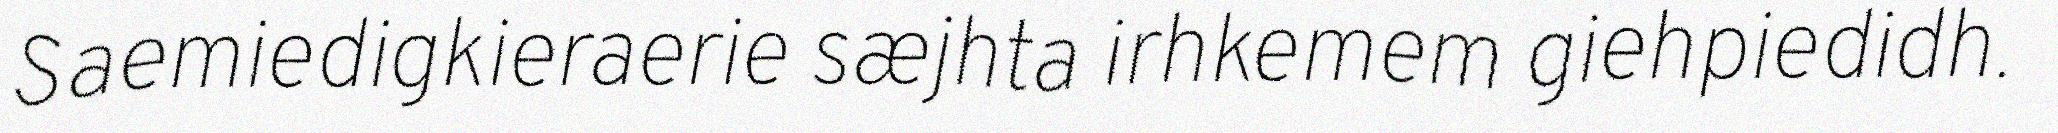
Saemiedigkieraerie sæjhta irhkemem giehpiedidh.